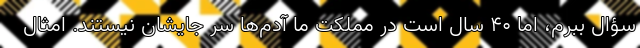
سؤال ببرم، اما 40 سال است در مملکت ما آدم‌ها سر جایشان نیستند. امثال